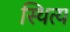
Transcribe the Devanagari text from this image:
स्थित्य